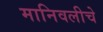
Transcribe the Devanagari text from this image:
मानिवलीचे